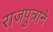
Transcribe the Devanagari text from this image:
राजपुत्राने